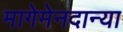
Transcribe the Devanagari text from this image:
मागेमेनदान्या